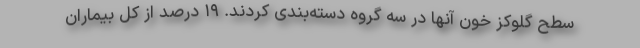
سطح گلوکز خون آنها در سه گروه دسته‌بندی کردند. ۱۹ درصد از کل بیماران